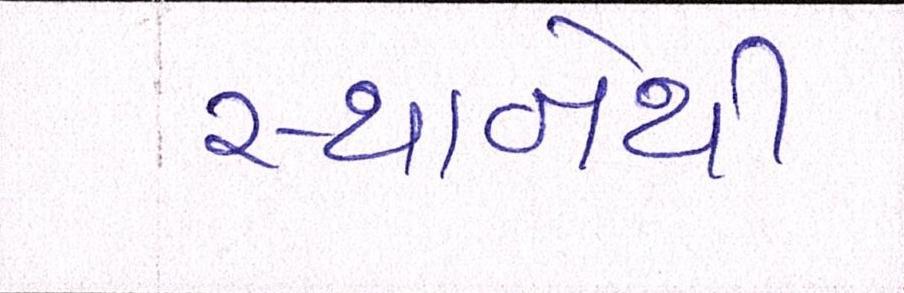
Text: સ્થાનેથી